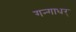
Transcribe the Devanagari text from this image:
गन्गाधर्